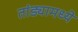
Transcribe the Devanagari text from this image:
तांड्यामध्ये